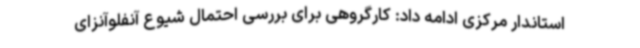
استاندار مرکزی ادامه داد: کارگروهی برای بررسی احتمال شیوع آنفلوآنزای